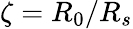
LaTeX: \zeta=R_{0}/R_{s}